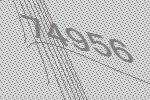
74956